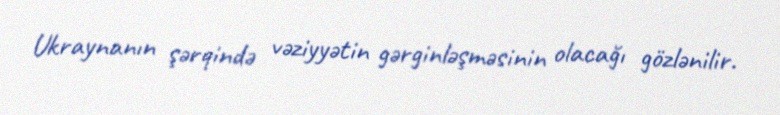
Ukraynanın şərqində vəziyyətin gərginləşməsinin olacağı gözlənilir.